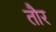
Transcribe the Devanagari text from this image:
तौर